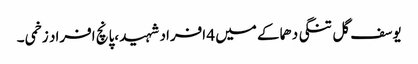
یوسف گل تنگی دھماکے میں 4 افراد شہید ،پانچ افراد زخمی ۔